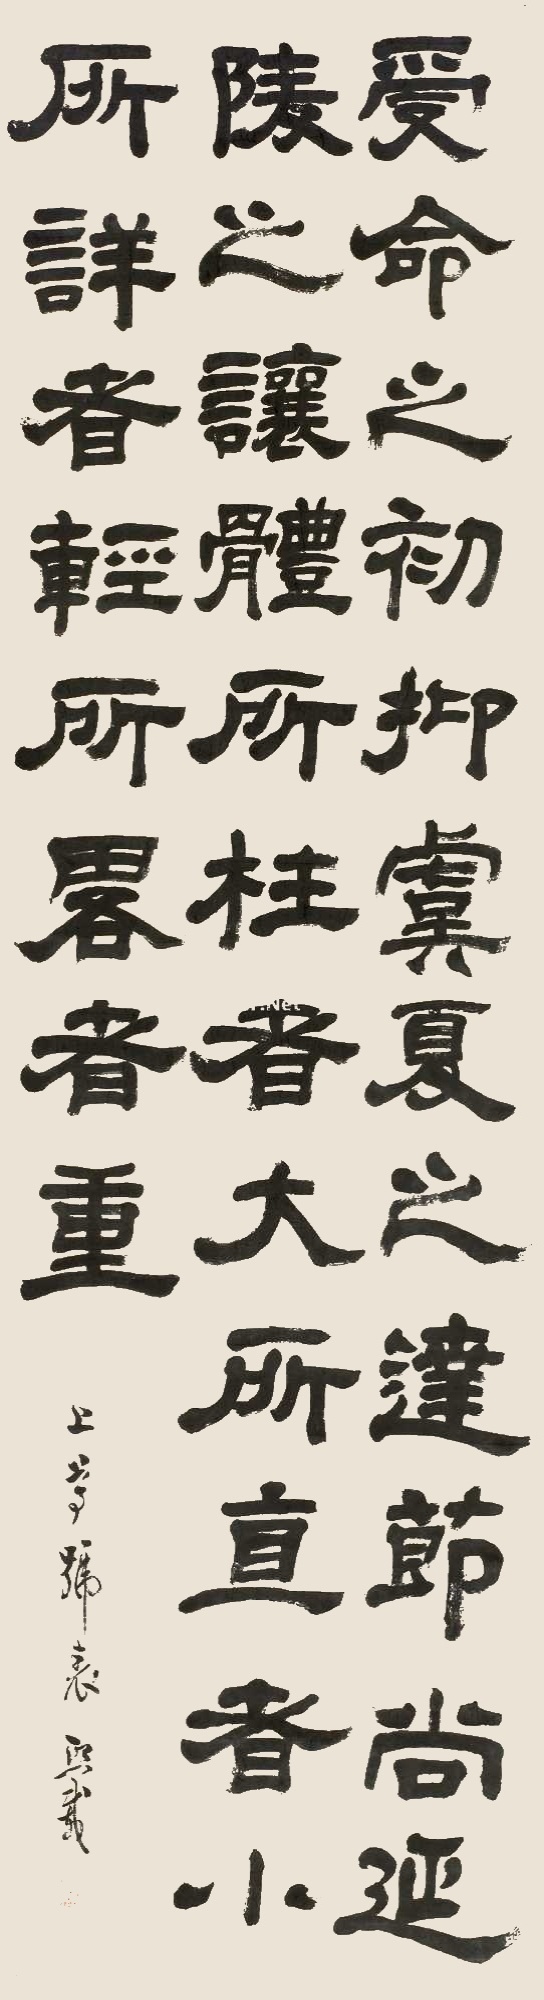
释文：受命之初，抑虞、夏之达节，尚延陵之让退，而所枉者大，所直者小，所详者轻，所略者重。《上尊号表》，熙载。